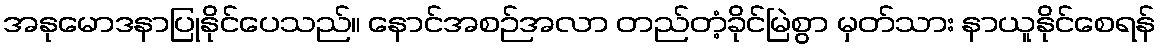
အနုမောဒနာပြုနိုင်ပေသည်။ နောင်အစဉ်အလာ တည်တံ့ခိုင်မြဲစွာ မှတ်သား နာယူနိုင်စေရန်